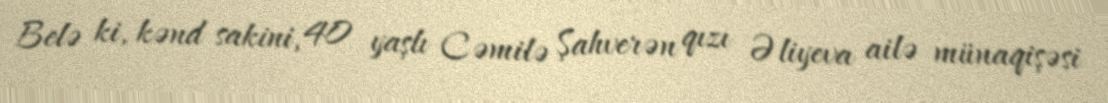
Belə ki, kənd sakini, 40 yaşlı Cəmilə Şahverən qızı Əliyeva ailə münaqişəsi